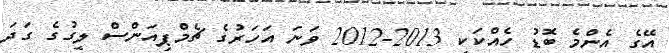
އޭގެ އެންމެ ބޮޑު ހެއްކަކީ 2013-2012 ވަނަ އަހަރުގެ ޗެމްޕިއަންސް ލީގުގެ ގަދަ